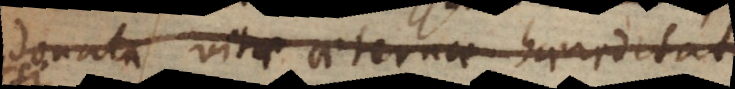
donata vitae aeternae haereditate